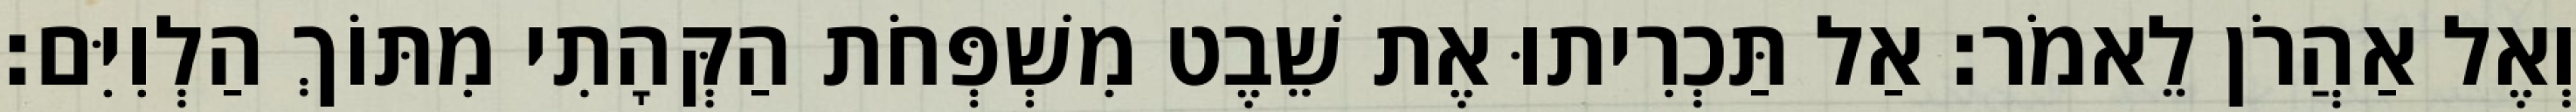
וְאֶל אַהֲרֹן לֵאמֹר׃ אַל תַּכְרִיתוּ אֶת שֵׁבֶט מִשְׁפְּחֹת הַקְּהָתִי מִתּוֹךְ הַלְוִיִּם׃